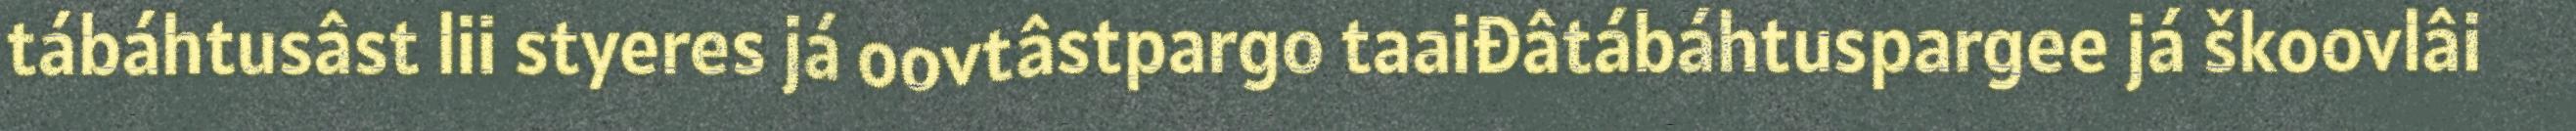
tábáhtusâst lii styeres já oovtâstpargo taaiđâtábáhtuspargee já škoovlâi